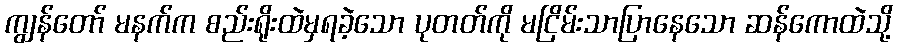
ကျွန်တော် မနက်က စည်းရိုးထဲမှရခဲ့သော ပုတတ်ကို မငြိမ်းသာပြာနေသော ဆန်ကောထဲသို့